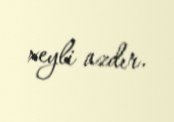
xeyli azdır.